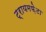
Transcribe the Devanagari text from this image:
ट्रायमफ़ेटा